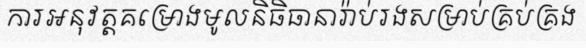
ការអនុវត្តគម្រោងមូលនិធិធានារ៉ាប់រងសម្រាប់គ្រប់គ្រង